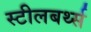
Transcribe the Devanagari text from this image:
स्टीलबर्थ्स